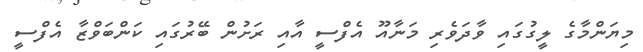
މިޔަންމާގެ ލީގުގައި ވާދަވެރި މަނާއޫ އެފްސީ އާއި ރަށުން ބޭރުގައި ކަންބަވްޒާ އެފްސީ